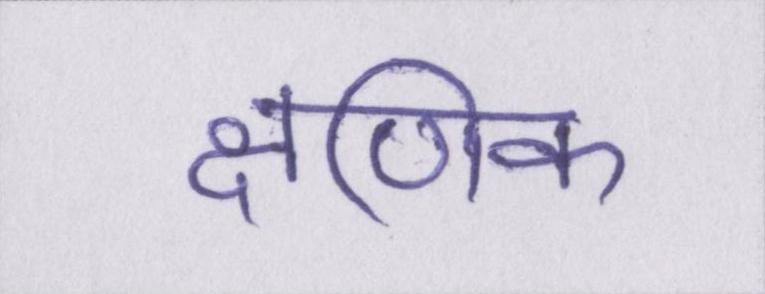
क्षणिक